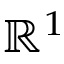
\mathbb { R } ^ { 1 }